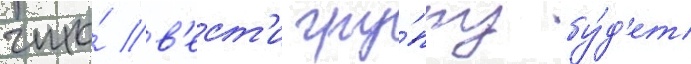
что́ в'ест'и гру́ппу бу́д'ет